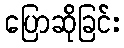
ပြောဆိုခြင်း